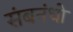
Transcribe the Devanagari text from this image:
संबनंधो